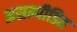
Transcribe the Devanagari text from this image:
असम्पीडित